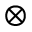
\otimes